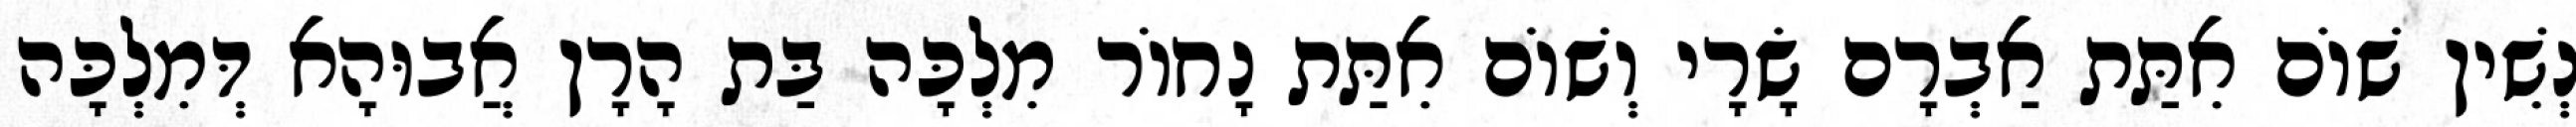
נְשִׁין שׁוֹם אִתַּת אַבְרָם שָׂרָי וְשׁוֹם אִתַּת נָחוֹר מִלְכָּה בַּת הָרָן אֲבוּהָא דְּמִלְכָּה